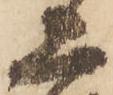
上